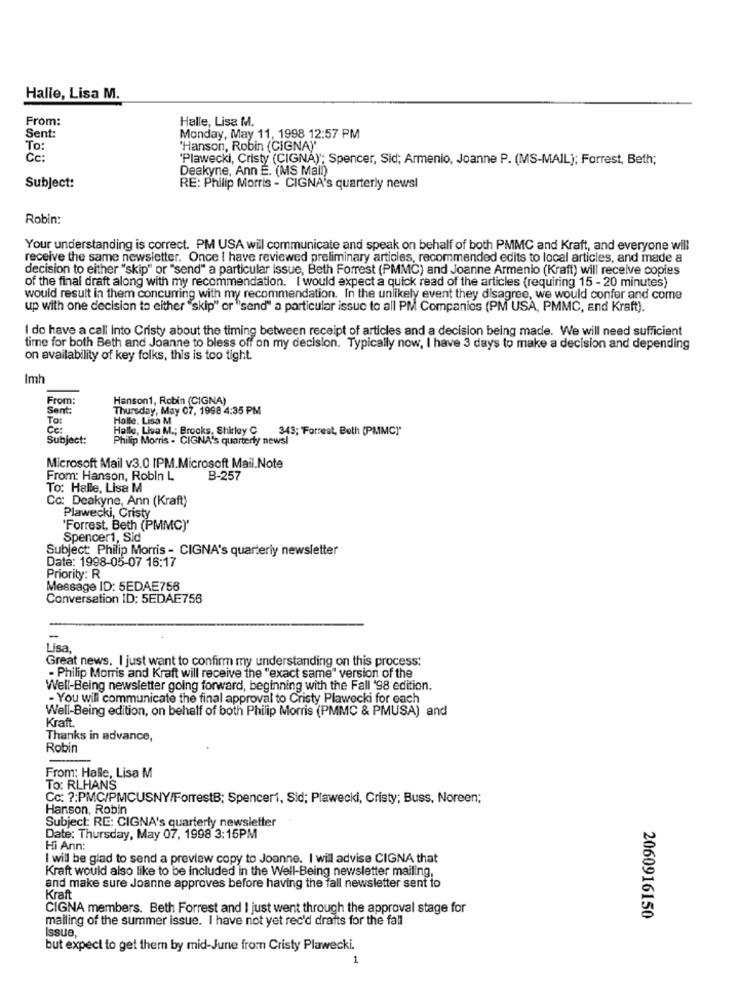
Halle, Lisa M.
From:
Halle, Lisa M.
Sent:
Monday, May 11, 1998 12:57 PM
To:
'Hanson, Robin (CIGNA"'
Cc
'Plawecki, Cristy (CIGNA)"; Spencer, Sid; Armenio, Joanne P. (MS-MAIL); Forrest, Beth;
Deakyne, Ann E. (MS Mall)
Subject:
RE: Philip Morris - CIGNA's quarterly newsl
Robin:
Your understanding is correct. PM USA will communicate and speak on behalf of both PMMC and Kraft, and everyone will
receive the same newsletter. Once I have reviewed preliminary articles, recommended edits to local articles, and made a
decision to either "skip" or "send" a particular issue, Beth Forrest (PMMC) and Joanne Armenio (Kraft) will receive copies
of the final draft along with my recommendation. I would expect a quick read of the articles (requiring 15 - 20 minutes)
would result in them concurring with my recommendation. In the unlikely event they disagree, we would confer and come
up with one decision to either "skip" or "send" a particular issue to all PM Companies (PM USA, PMMC, and Kraft).
I do have a call into Cristy about the timing between receipt of articles and a decision being made. We will need sufficient
time for both Beth and Joanne to bless off on my decision. Typically now, I have 3 days to make a decision and depending
on availability of key folks, this is too tight.
Imh
From:
Hanson1, Robin (CIGNA)
Sent:
Thursday, May 07, 1998 4:35 PM
To:
Halle. Lisa
Ce:
Halle, Lisa M .; Brooks, Shirley C
343; Forrest, Beth (PMMC)"
Subject:
Philip Morris - CIGNA's quarterly news!
Microsoft Mail v3.0 IPM.Microsoft Mail.Note
From: Hanson, Robin L
B-257
To: Halle, Lisa M
Co: Deakyne, Ann (Kraft)
Plawecki, Cristy
'Forrest, Beth (PMMC)'
Spencer1, Sid
Subject: Philip Morris - CIGNA's quarterly newsletter
Date: 1998-05-07 16:17
Priority: R
Message ID: 5EDAE756
Conversation ID: 5EDAE756
Lisa,
Great news. I just want to confirm my understanding on this process:
- Philip Morris and Kraft will receive the "exact same" version of the
Well-Being newsletter going forward, beginning with the Fall '98 edition.
- You will communicate the final approval to Cristy Plawocki for each
Well-Being edition, on behalf of both Philip Morris (PMMC & PMUSA) and
Kraft.
Thanks in advance,
Robin
From: Halle, Lisa M
To: RLHANS
Cc: ?: PMC/PMCUSNY/ForrestB; Spenceri, Sid; Plawecki, Cristy; Buss, Noreen;
Hanson, Robin
Subject: RE: CIGNA's quarterly newsletter
Date: Thursday, May 07, 1998 3:15PM
Hi Ann:
I will be glad to send a preview copy to Joanne. I will advise CIGNA that
Kraft would also like to be included in the Well-Being newsletter mailing,
and make sure Joanne approves before having the fall newsletter sent to
Kraft
CIGNA members. Beth Forrest and I just went through the approval stage for
mailing of the summer issue. I have not yet rec'd drafts for the fall
2060916150
Issue,
but expect to get them by mid-June from Cristy Plawecki.
1